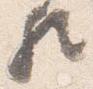
歟